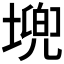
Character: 𮰪